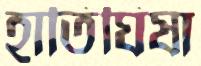
হাতিঘিষা